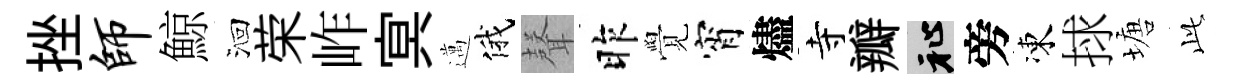
挫师鯨洄荣岞㝠邁俄𮋻昨覺宵燼寺瓣祉旁凍捄塘𬼘